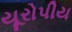
યૂરોપીય